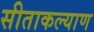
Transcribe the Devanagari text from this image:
सीताकल्याण